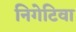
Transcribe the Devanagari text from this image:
निगेटिवा